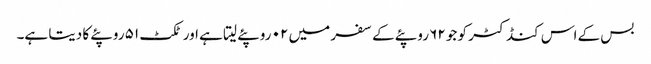
بس کے اس کنڈکٹر کو جو ۶۲ روپئے کے سفر میں ۰۲ روپئے لیتا ہے اور ٹکٹ ۵۱ روپئے کا دیتا ہے۔